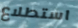
استطلاع